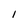
Character: 1